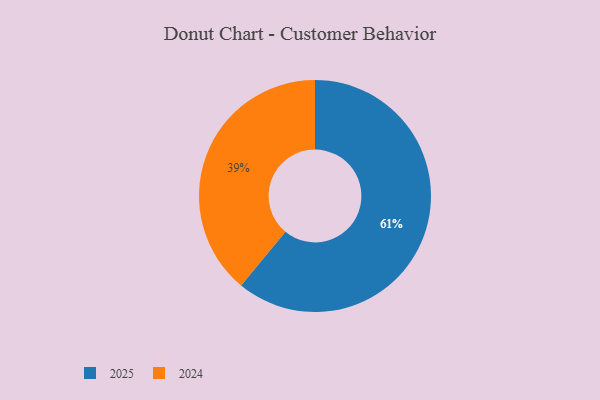
{"axis": {"x": "Category", "y": "Percentage"}, "legend": ["2024", "2025"], "data": [{"x": "2024", "y": 39, "type": "2024"}, {"x": "2025", "y": 61, "type": "2025"}]}